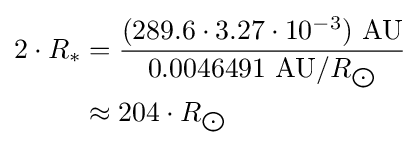
{\begin{aligned}2\cdot R_{*}&={\frac {(289.6\cdot 3.27\cdot 10^{-3})\ {\text{AU}}}{0.0046491\ {\text{AU}}/R_{\bigodot }}}\\&\approx 204\cdot R_{\bigodot }\end{aligned}}